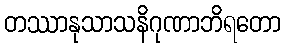
တဿာနုသာသနိဂုဏာဘိရတော